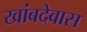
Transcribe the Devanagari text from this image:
खांबदेवास